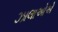
ઝાલાઓએ